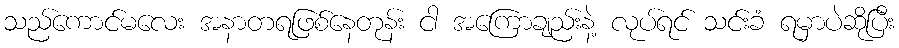
သည်ကောင်မလေး အနာတရဖြစ်နေတုန်း ငါ အကြောချည်းနဲ့ လုပ်ရင် သင်းခံ ရမှာပဲဆိုပြီး